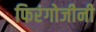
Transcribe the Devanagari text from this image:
फिरंगोजीनी